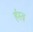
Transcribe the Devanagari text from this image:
र्हस्व